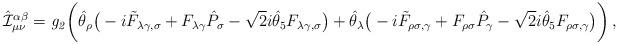
LaTeX: \begin{align*}\hat {\cal I}^{\alpha\beta}_{\mu\nu} = {\it g_2} \bigg( \hat \theta_\rho\big( -i \tilde F_{\lambda\gamma,\sigma} + F_{\lambda\gamma} \hat P_\sigma- {\sqrt 2} i \hat \theta_5 F_{\lambda\gamma,\sigma} \big) +\hat \theta_\lambda \big( -i \tilde F_{\rho\sigma,\gamma} + F_{\rho\sigma}\hat P_\gamma- {\sqrt 2} i \hat \theta_5 F_{\rho\sigma,\gamma} \big) \bigg) \,,\end{align*}